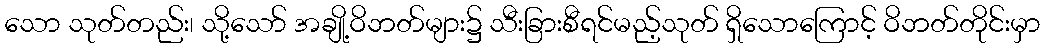
သော သုတ်တည်း၊ သို့သော် အချို့ဝိဘတ်များ၌ သီးခြားစီရင်မည့်သုတ် ရှိသောကြောင့် ဝိဘတ်တိုင်းမှာ